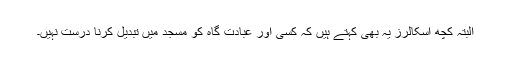
البتہ کچھ اسکالرز یہ بھی کہتے ہیں کہ کسی اور عبادت گاہ کو مسجد میں تبدیل کرنا درست نہیں۔